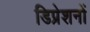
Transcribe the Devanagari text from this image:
डिप्रेशनों